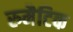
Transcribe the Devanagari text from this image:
रुमैटिक